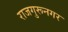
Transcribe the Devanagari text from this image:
राजगुरूनगर